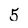
Character: 5